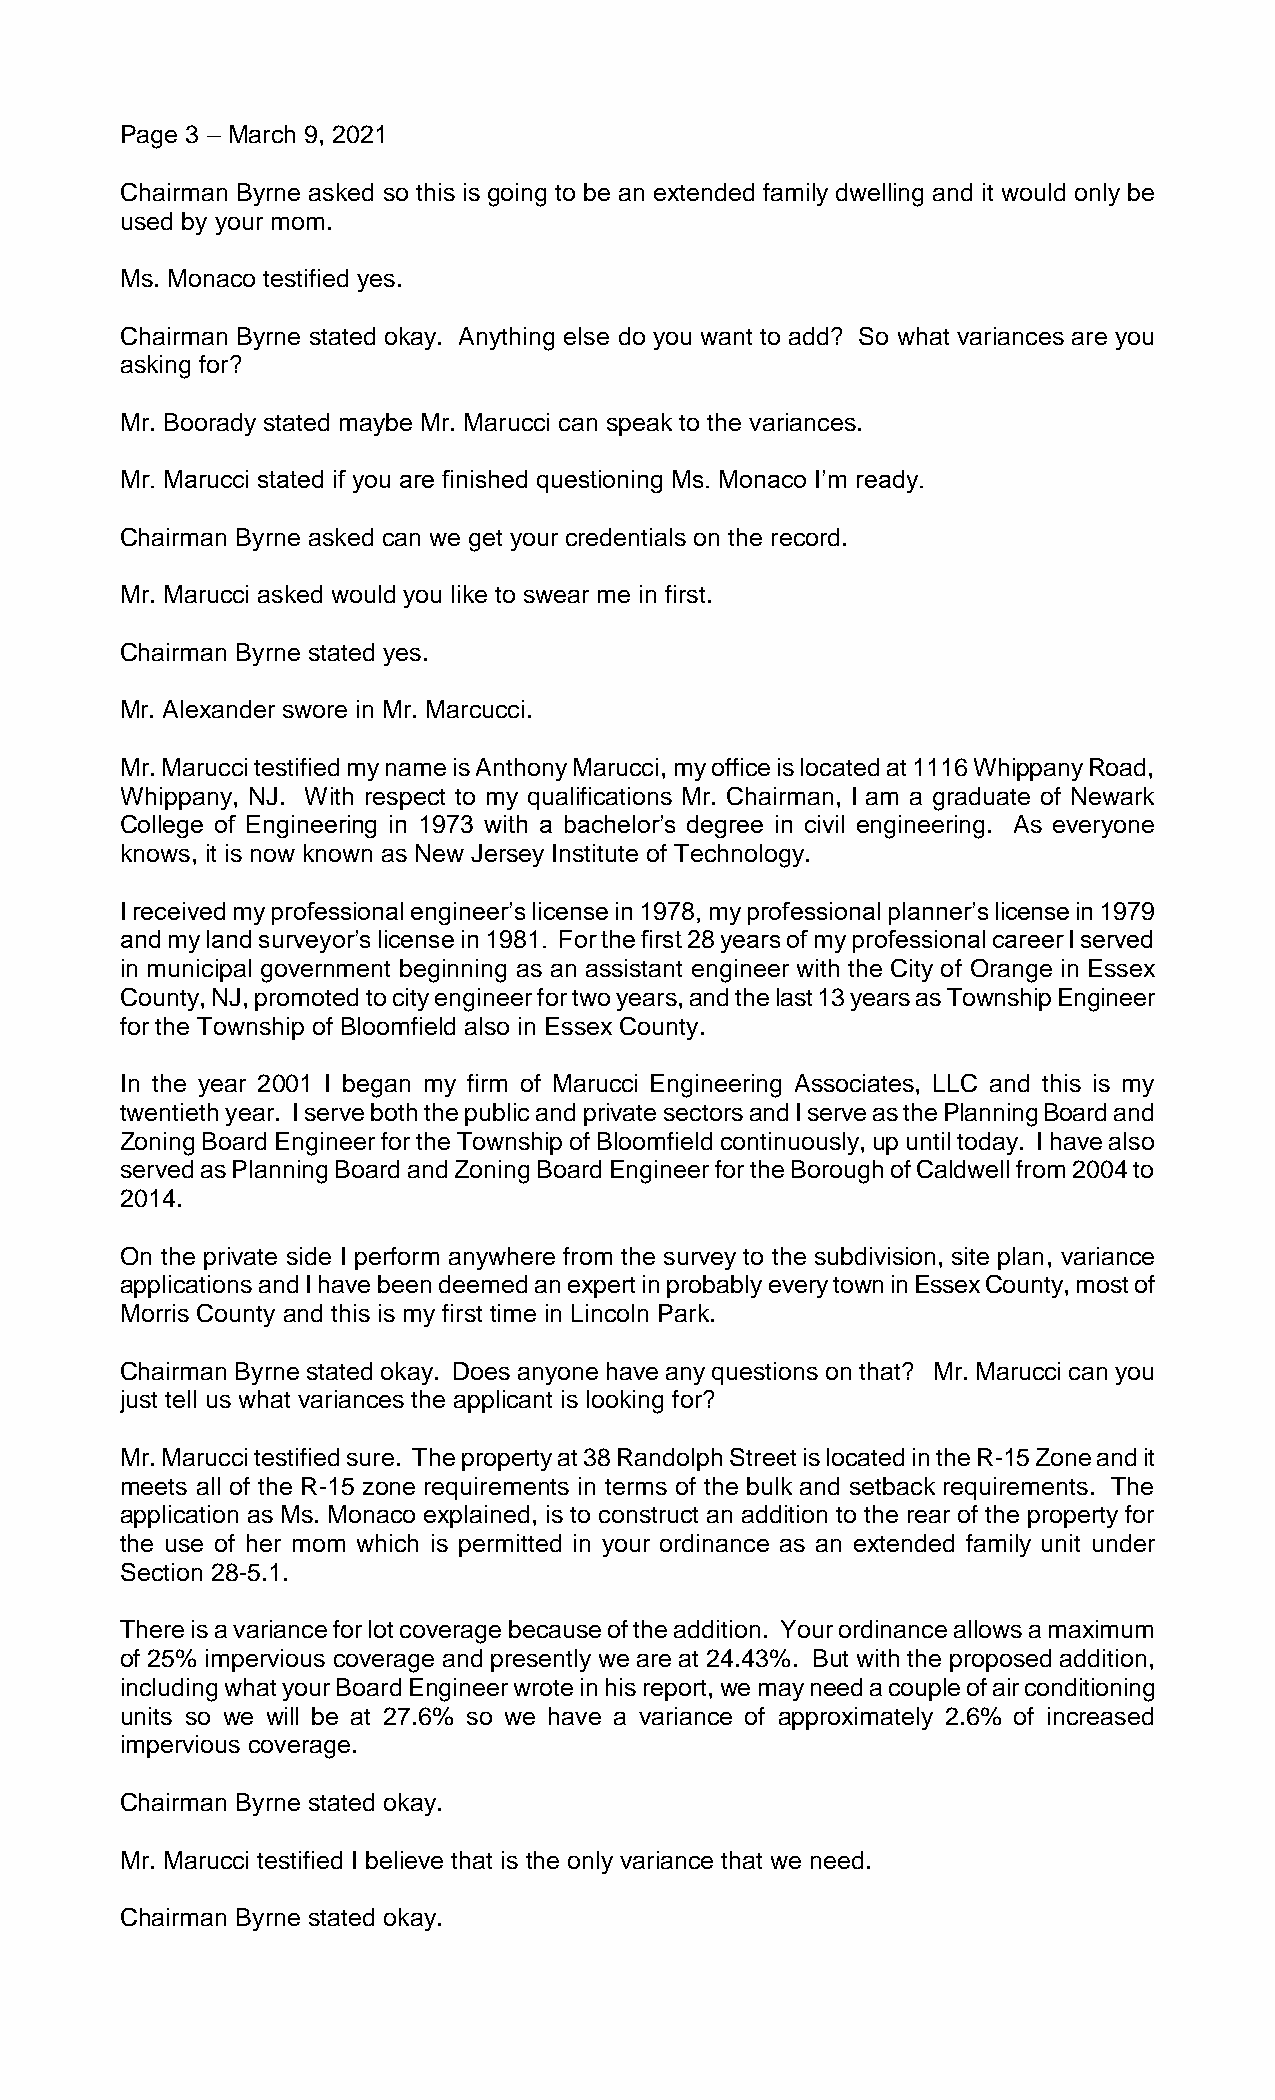
Page 3 – March 9, 2021
 Chairman Byrne asked so this is going to be an extended family dwelling and it would only be
 used by your mom.
 Ms. Monaco testified yes.
 Chairman Byrne stated okay. Anything else do you want to add? So what variances are you
 asking for?
 Mr. Boorady stated maybe Mr. Marucci can speak to the variances.
 Mr. Marucci stated if you are finished questioning Ms. Monaco I’m ready.
 Chairman Byrne asked can we get your credentials on the record.
 Mr. Marucci asked would you like to swear me in first.
 Chairman Byrne stated yes.
 Mr. Alexander swore in Mr. Marcucci.
 Mr. Marucci testified my name is Anthony Marucci, my office is located at 1116 Whippany Road,
 Whippany, NJ. With respect to my qualifications Mr. Chairman, I am a graduate of Newark
 College of Engineering in 1973 with a bachelor’s degree in civil engineering. As everyone
 knows, it is now known as New Jersey Institute of Technology.
 I received my professional engineer’s license in 1978, my professional planner’s license in 1979
 and my land surveyor’s license in 1981. For the first 28 years of my professional career I served
 in municipal government beginning as an assistant engineer with the City of Orange in Essex
 County, NJ, promoted to city engineer for two years, and the last 13 years as Township Engineer
 for the Township of Bloomfield also in Essex County.
 In the year 2001 I began my firm of Marucci Engineering Associates, LLC and this is my
 twentieth year. I serve both the public and private sectors and I serve as the Planning Board and
 Zoning Board Engineer for the Township of Bloomfield continuously, up until today. I have also
 served as Planning Board and Zoning Board Engineer for the Borough of Caldwell from 2004 to
 2014.
 On the private side I perform anywhere from the survey to the subdivision, site plan, variance
 applications and I have been deemed an expert in probably every town in Essex County, most of
 Morris County and this is my first time in Lincoln Park.
 Chairman Byrne stated okay. Does anyone have any questions on that? Mr. Marucci can you
 just tell us what variances the applicant is looking for?
 Mr. Marucci testified sure. The property at 38 Randolph Street is located in the R-15 Zone and it
 meets all of the R-15 zone requirements in terms of the bulk and setback requirements. The
 application as Ms. Monaco explained, is to construct an addition to the rear of the property for
 the use of her mom which is permitted in your ordinance as an extended family unit under
 Section 28-5.1.
 There is a variance for lot coverage because of the addition. Your ordinance allows a maximum
 of 25% impervious coverage and presently we are at 24.43%. But with the proposed addition,
 including what your Board Engineer wrote in his report, we may need a couple of air conditioning
 units so we will be at 27.6% so we have a variance of approximately 2.6% of increased
 impervious coverage.
 Chairman Byrne stated okay.
 Mr. Marucci testified I believe that is the only variance that we need.
 Chairman Byrne stated okay.